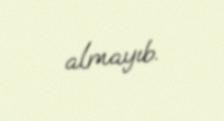
almayıb.